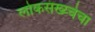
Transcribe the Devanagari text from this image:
लोकसंख्य्चेचा